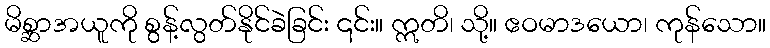
မိစ္ဆာအယူကို စွန့်လွတ်နိုင်ခဲခြင်း ၎င်း။ ဣတိ၊ သို့။ ဧဝမာဒယော၊ ကုန်သော။